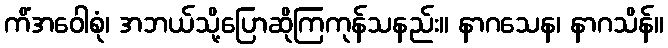
ကိံအဝေါစုံ၊ အဘယ်သို့ပြောဆိုကြကုန်သနည်း။ နာဂသေန၊ နာဂသိန်။